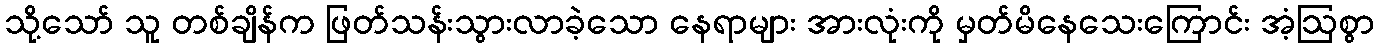
သို့သော် သူ တစ်ချိန်က ဖြတ်သန်းသွားလာခဲ့သော နေရာများ အားလုံးကို မှတ်မိနေသေးကြောင်း အံ့ဩစွာ